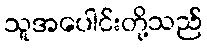
သူအပေါင်းတို့သည်